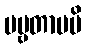
ပဗ္ဗတာမပိ